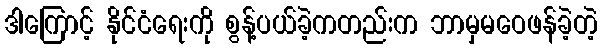
ဒါကြောင့် နိုင်ငံရေးကို စွန့်ပယ်ခဲ့ကတည်းက ဘာမှမဝေဖန်ခဲ့တဲ့